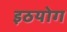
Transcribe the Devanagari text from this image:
इठयोग